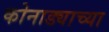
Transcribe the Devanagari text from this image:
कोनाड्याच्या